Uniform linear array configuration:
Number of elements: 24
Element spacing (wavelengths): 0.75
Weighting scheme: exponential
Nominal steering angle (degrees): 15
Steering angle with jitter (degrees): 13.581
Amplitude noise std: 0.05
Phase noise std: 0.05

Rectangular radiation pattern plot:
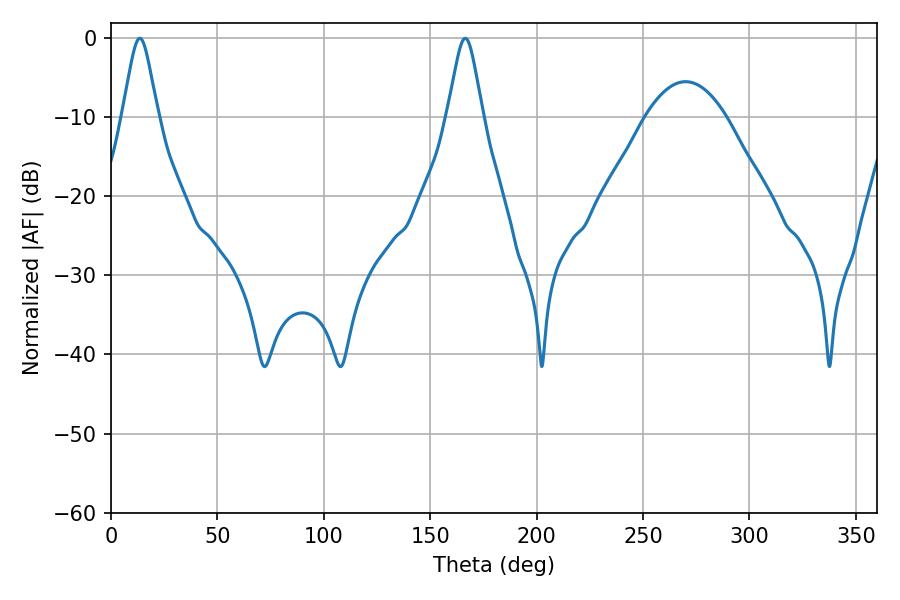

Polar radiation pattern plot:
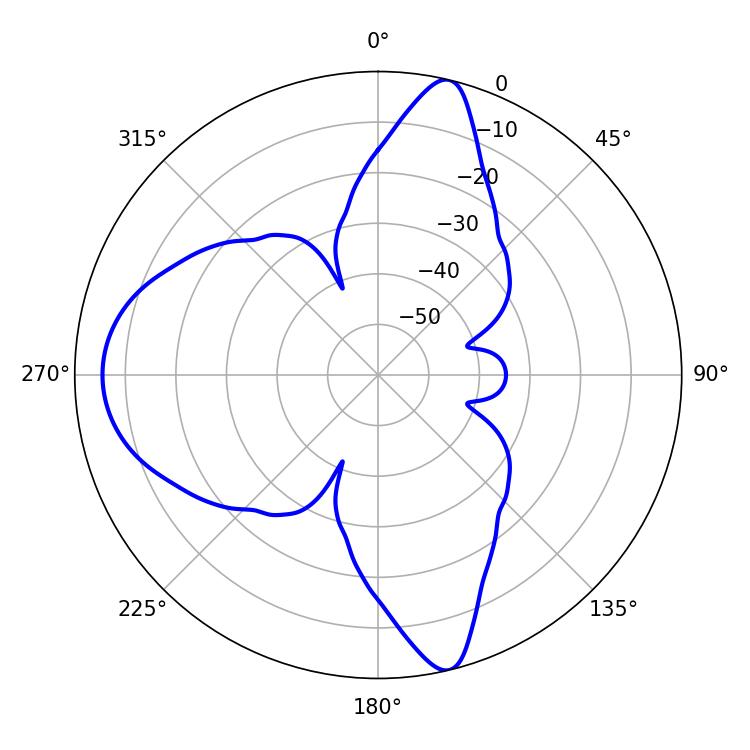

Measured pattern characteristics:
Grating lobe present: TRUE
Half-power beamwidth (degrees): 7.92
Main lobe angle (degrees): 13.5